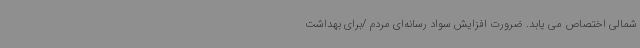
شمالی اختصاص می یابد. ضرورت افزایش سواد رسانه‌ای مردم /برای بهداشت